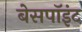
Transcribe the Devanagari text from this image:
बेसपॉइंट